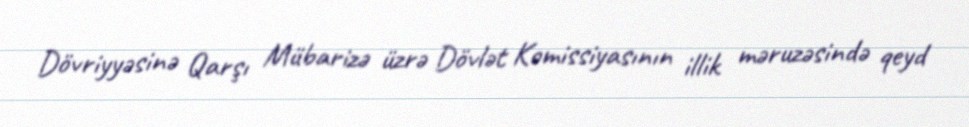
Dövriyyəsinə Qarşı Mübarizə üzrə Dövlət Komissiyasının illik məruzəsində qeyd